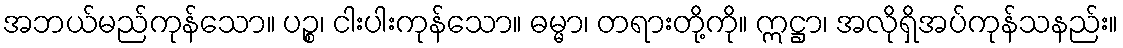
အဘယ်မည်ကုန်သော။ ပဉ္စ၊ ငါးပါးကုန်သော။ ဓမ္မာ၊ တရားတို့ကို။ ဣဋ္ဌာ၊ အလိုရှိအပ်ကုန်သနည်း။